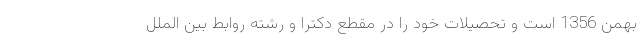
بهمن 1356 است و تحصیلات خود را در مقطع دکترا و رشته روابط بین الملل